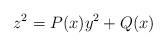
LaTeX: \begin{align*} z^2=P(x)y^2+Q(x)\end{align*}